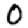
Digit: 0